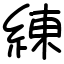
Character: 練